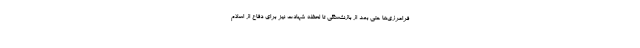
فرامرزی‌ها حتی بعد از بازنشستگی تا لحظه شهادت نیز برای دفاع از اسلام